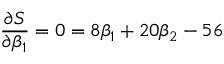
{ \frac { \partial S } { \partial \beta _ { 1 } } } = 0 = 8 \beta _ { 1 } + 2 0 \beta _ { 2 } - 5 6